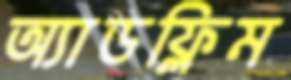
অ্যাডফ্লিম